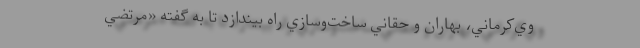
وي‌كرماني، بهاران و حقاني ساخت‌و‌سازي راه بيندازد تا به گفته «مرتضي